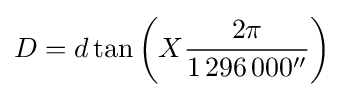
D=d\tan \left(X{\frac {2\pi }{1\,296\,000{''}}}\right)